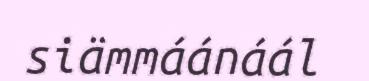
siämmáánáál